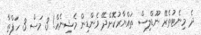
ދެ މިނެޓުތެރޭ ނޫޑްލިސް ތައްޔާރުކޮށްދޭ ވެންޑިން މެޝިނެއް! 3 މަސް 3 ހަފްތާ